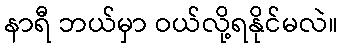
နာရီ ဘယ်မှာ ဝယ်လို့ရနိုင်မလဲ။